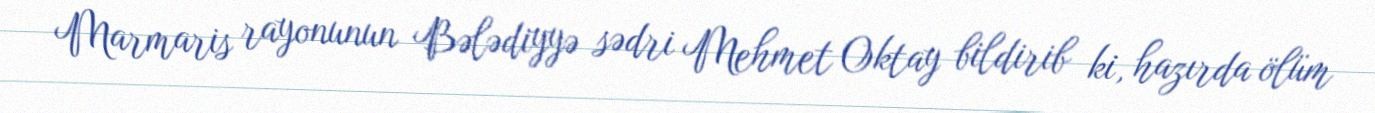
Marmaris rayonunun Bələdiyyə sədri Mehmet Oktay bildirib ki, hazırda ölüm